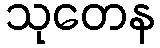
သုတေန